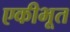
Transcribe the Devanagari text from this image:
एकीभूत